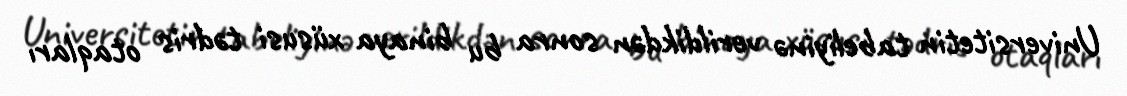
Universitetin tabeliyinə verildikdən sonra bu binaya xüsusi tədris otaqları